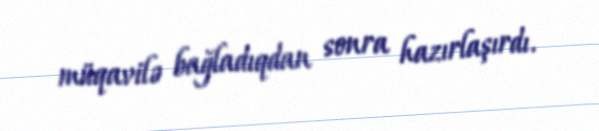
müqavilə bağladıqdan sonra hazırlaşırdı.